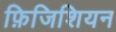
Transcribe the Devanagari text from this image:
फ़िजिशियन